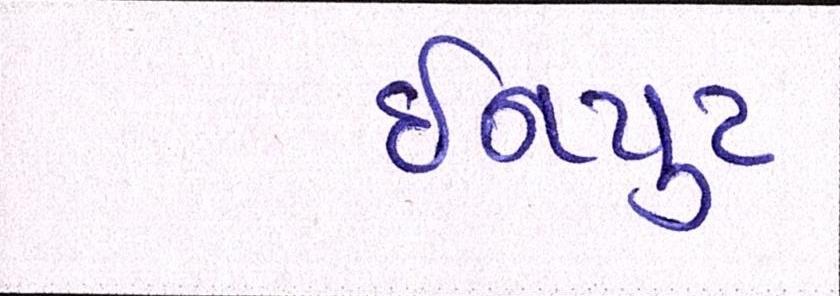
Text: ઇનપુટ